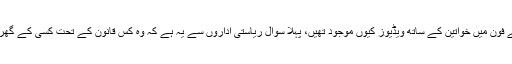
قطع نظر، اس آدمی کا کردار کیسا ہے، اُسکے فون میں خواتین کے ساتھ ویڈیوز کیوں موجود تھیں، پہلا سوال ریاستی اداروں سے یہ ہے کہ وہ کس قانون کے تحت کسی کے گھر میں گھس کر سیدھا بیڈروم پہنچ سکتے ہیں؟